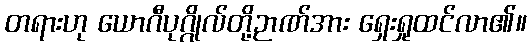
တရားဟု ယောဂီပုဂ္ဂိုလ်တို့ဉာဏ်အား ရှေးရှုထင်လာ၏။